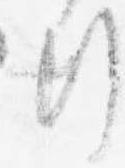
行